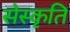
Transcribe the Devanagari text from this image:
सेस्कृति